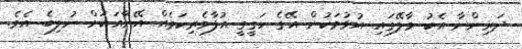
ދަރިންނާ އެކު މާލޭގައި އުޅުމަކުން އޭގެ ހަގީގީ އުފާވެރިކަމެއް އޭނާއަކަށް ނުލިބެ އެވެ.